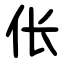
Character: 伥